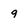
Character: 9